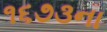
૧૬૭૩ના